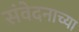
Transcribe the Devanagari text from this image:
संवेदनाच्या